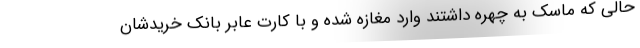
حالی که ماسک به چهره داشتند وارد مغازه شده و با کارت عابر بانک خریدشان